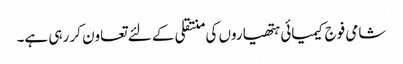
شامی فوج کیمیائی ہتھیاروں کی منتقلی کے لئے تعاون کر رہی ہے۔